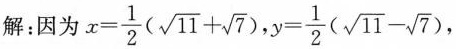
解:因为$$x= \frac{1}{2}(\sqrt{11}+ \sqrt{7})$$,$$y= \frac{1}{2}(\sqrt{11}- \sqrt{7})$$,